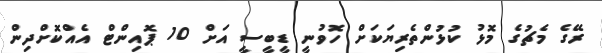
ރޭގެ މެޗުގެ މޮޅު ކުޅުންތެރިޔަކަށް ހޮވުނީ ޑީބީސީ އަށް 10 ޕޮއިންޓް އެއްކޮށްދިން